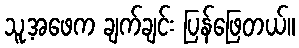
သူ့အဖေက ချက်ချင်း ပြန်ဖြေတယ်။